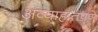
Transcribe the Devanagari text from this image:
अव्याहातपणे